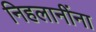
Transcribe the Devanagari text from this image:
निहलानींना